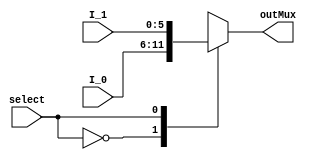
/* Module of Mux 2 to 1 of 6 bits (MuxC)
   Programmed by: Lianne Snchez Rodrguez
   Phase 3 
   Professor: Nestor Rodrguez 
*/
module mux2To1_6(output reg [5:0] outMux, input [5:0] I_0, input [5:0] I_1, input select);
	
	always @(I_0, I_1, select)
		begin
			case(select)
				1'b0:	outMux <= I_0; 
				1'b1:	outMux <= I_1;
			endcase // select
		end
endmodule

// module MuxTest;
// 	// Inputs of ALU
// 	reg select;
// 	reg [5:0] in_0;
// 	reg [5:0] in_1;
// 	//Outputs of ALU module
// 	wire [5:0] result;
// 	//test duration
// 	parameter stop_time = 1090;
// 	mux2To1_6 mux(result, in_0, in_1, select);
// 	initial #stop_time $finish;

// 	initial begin

// 	#0  in_0 = 5'b00000; in_1 = 5'b01101; select = 1'b0;
// 	#20 in_0 = 5'b00000; in_1 = 5'b01101; select = 1'b1;

// 	end
	
// 	initial begin
// 		$display ("\n\nSelect\tEntrance1\t\tEntrance2\t\tOut Mux");
// 		$monitor ("%0d\t%b\t%b\t%b\t%b", $time, select, in_0, in_1,result);
// 	end
	
// endmodule